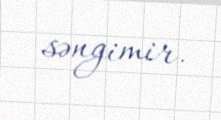
səngimir.